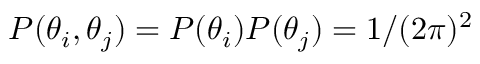
P ( \theta _ { i } , \theta _ { j } ) = P ( \theta _ { i } ) P ( \theta _ { j } ) = 1 / ( 2 \pi ) ^ { 2 }